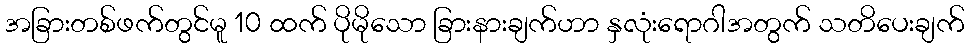
အခြားတစ်ဖက်တွင်မူ 10 ထက် ပိုမိုသော ခြားနားချက်ဟာ နှလုံးရောဂါအတွက် သတိပေးချက်